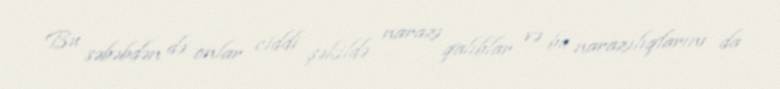
Bu səbəbdən də onlar ciddi şəkildə narazı qalıblar və bu narazılıqlarını da